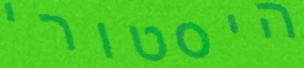
היסטורי